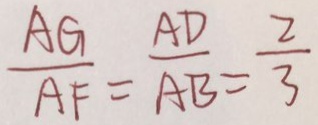
\frac { A G } { A F } = \frac { A D } { A B } = \frac { 2 } { 3 }